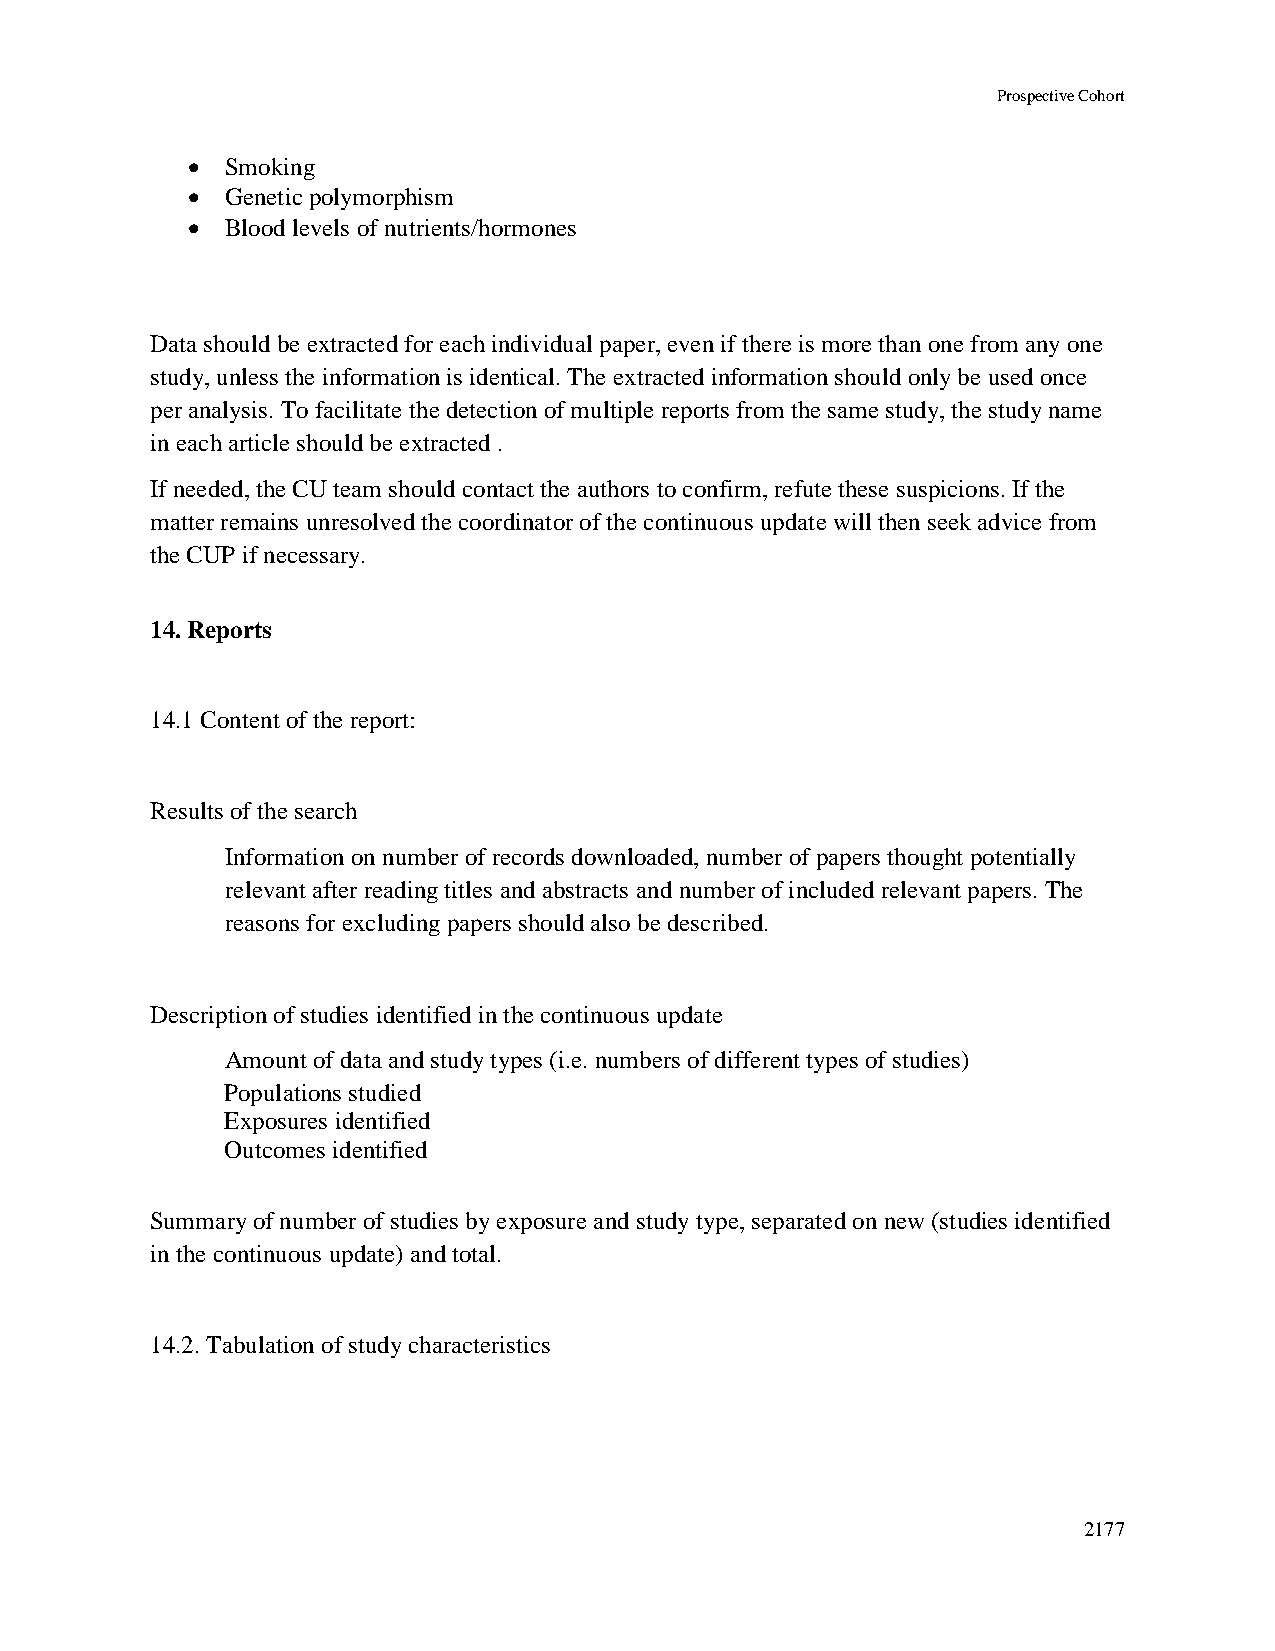
Prospective Cohort
   Smoking
   Genetic polymorphism
   Blood levels of nutrients/hormones
 Data should be extracted for each individual paper, even if there is more than one from any one
 study, unless the information is identical. The extracted information should only be used once
 per analysis. To facilitate the detection of multiple reports from the same study, the study name
 in each article should be extracted .
 If needed, the CU team should contact the authors to confirm, refute these suspicions. If the
 matter remains unresolved the coordinator of the continuous update will then seek advice from
 the CUP if necessary.
 14. Reports
 14.1 Content of the report:
 Results of the search
 Information on number of records downloaded, number of papers thought potentially
 relevant after reading titles and abstracts and number of included relevant papers. The
 reasons for excluding papers should also be described.
 Description of studies identified in the continuous update
 Amount of data and study types (i.e. numbers of different types of studies)
 Populations studied
 Exposures identified
 Outcomes identified
 Summary of number of studies by exposure and study type, separated on new (studies identified
 in the continuous update) and total.
 14.2. Tabulation of study characteristics
 2177